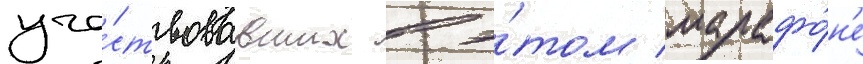
уча́ствовавших в э́том марафо́н'е